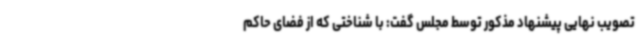
تصویب نهایی پیشنهاد مذکور توسط مجلس گفت: با شناختی که از فضای حاکم